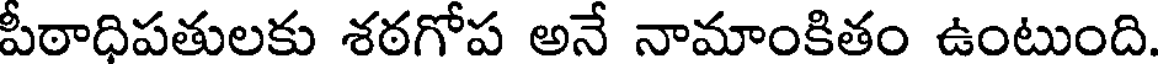
పీఠాధిపతులకు శఠగోప అనే నామాంకితం ఉంటుంది